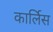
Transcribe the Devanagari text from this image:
कार्लिस